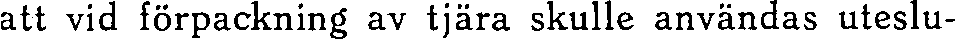
att vid förpackning av tjära skulle användas uteslu-